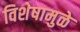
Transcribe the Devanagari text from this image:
विशेषामुळे